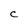
Character: c